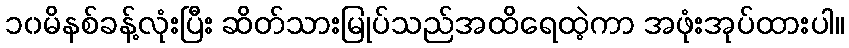
၁၀မိနစ်ခန့်လုံးပြီး ဆိတ်သားမြုပ်သည်အထိရေထဲ့ကာ အဖုံးအုပ်ထားပါ။